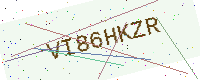
Text: VI86HKZR